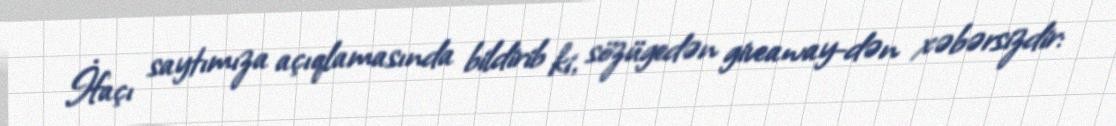
İfaçı saytımıza açıqlamasında bildirib ki, sözügedən giveaway-dən xəbərsizdir: